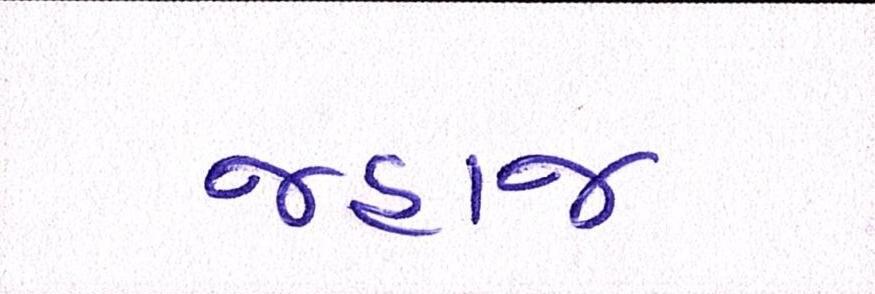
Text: જહાજ